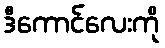
ဒီကောင်လေးကို